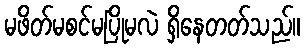
မဖိတ်မစင်မပြိုမလဲ ရှိနေတတ်သည်။